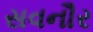
સવનૌર